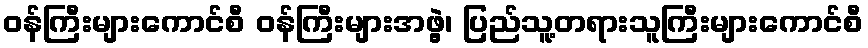
ဝန်ကြီးများကောင်စီ ဝန်ကြီးများအဖွဲ့၊ ပြည်သူ့တရားသူကြီးများကောင်စီ